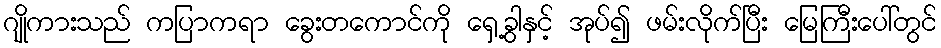
ဂျိုကားသည် ကပြာကရာ ခွေးတကောင်ကို ရှေ့ခွါနှင့် အုပ်၍ ဖမ်းလိုက်ပြီး မြေကြီးပေါ်တွင်